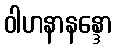
ဝါဟနာနန္ဒော